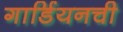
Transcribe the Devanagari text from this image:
गार्डियनची